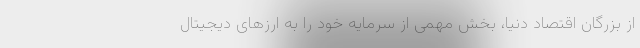
از بزرگان اقتصاد دنیا، بخش مهمی از سرمایه خود را به ارزهای دیجیتال